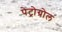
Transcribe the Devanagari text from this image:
पेट्रोग्रोल